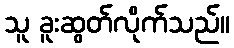
သူ ခူးဆွတ်လိုက်သည်။